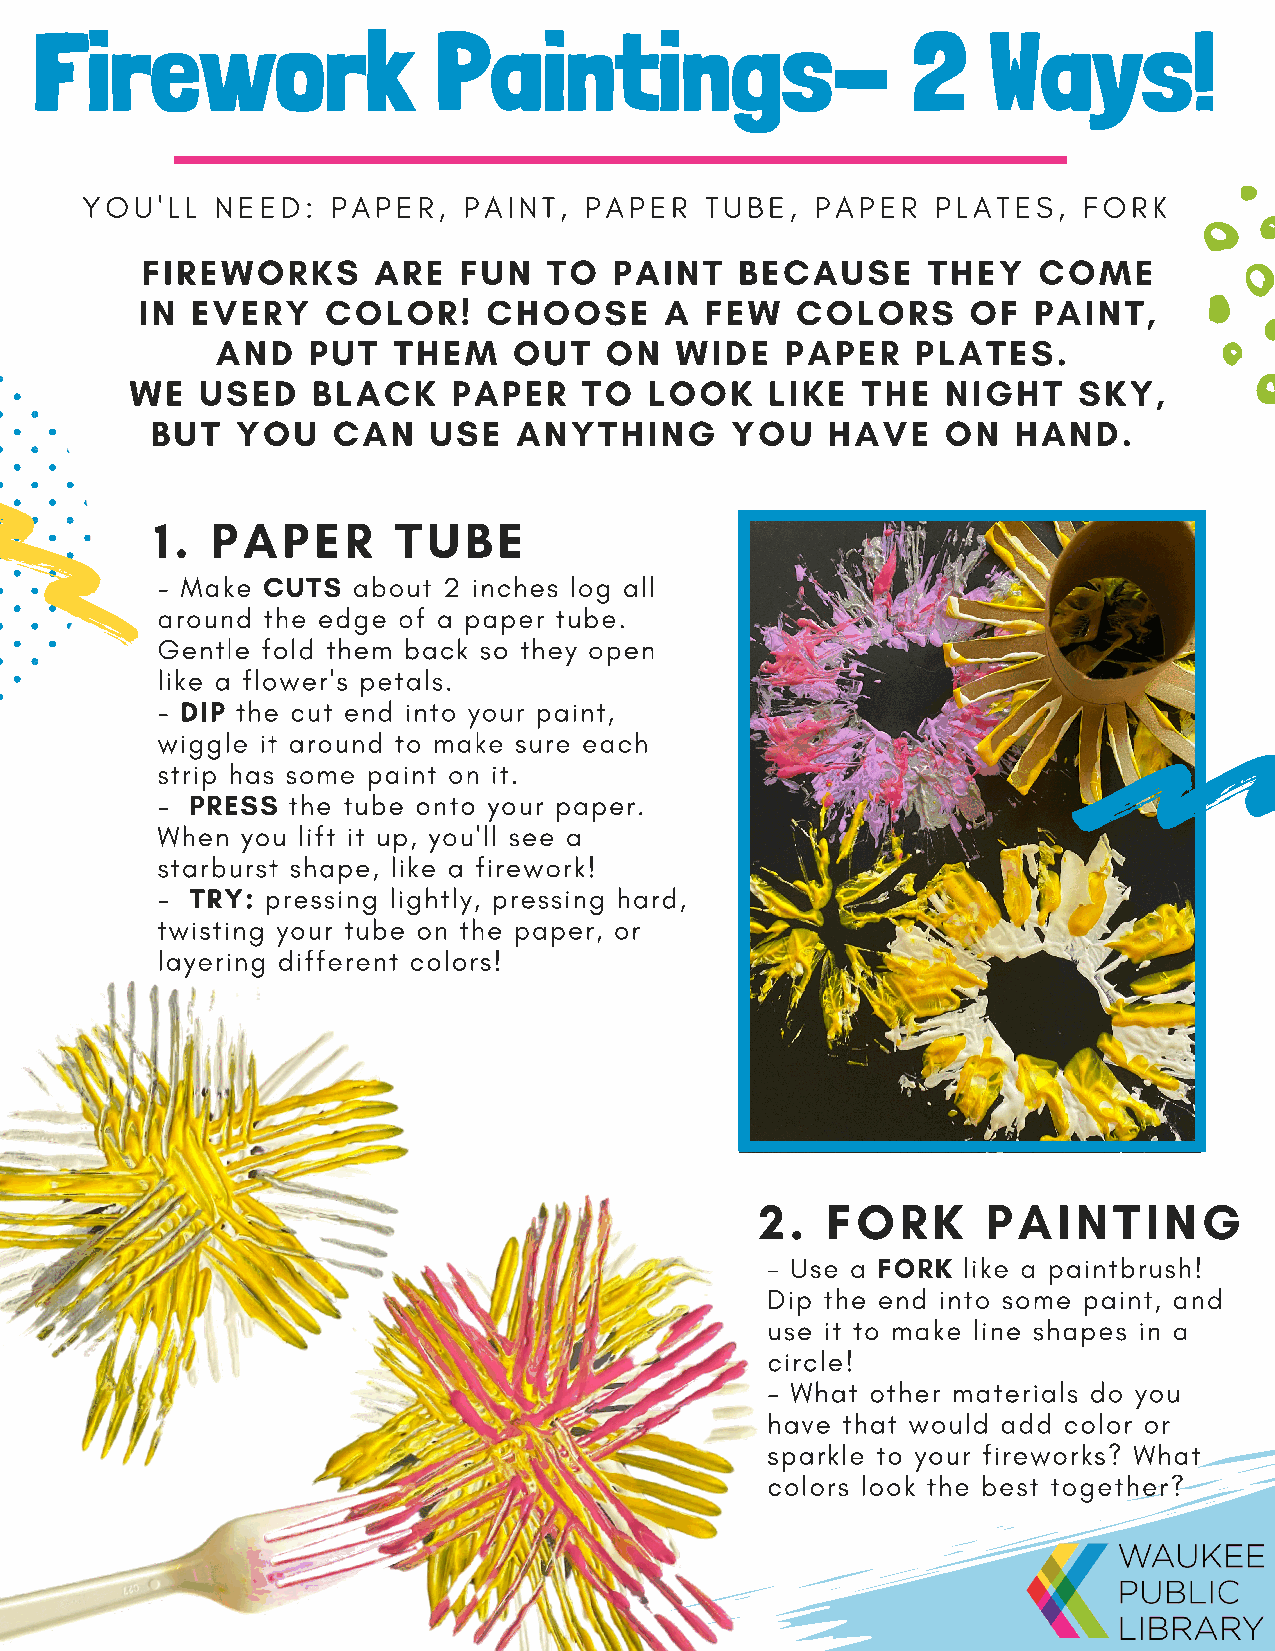
Firework                   Paintings-                     2    Ways!
 YOU'LL   NEED:   PAPER,   PAINT,  PAPER   TUBE,  PAPER   PLATES,   FORK
 FIREWORKS       ARE  FUN   TO   PAINT   BECAUSE     THEY    COME
 IN  EVERY    COLOR!    CHOOSE      A  FEW   COLORS     OF  PAINT,
 AND   PUT   THEM    OUT   ON   WIDE   PAPER    PLATES.
 WE  USED    BLACK    PAPER    TO  LOOK    LIKE  THE   NIGHT   SKY,
 BUT   YOU   CAN   USE   ANYTHING      YOU    HAVE    ON  HAND.
 1.  PAPER       TUBE
 - Make CUTS  about 2 inches log all
 around the edge of a paper tube.
 Gentle fold them back so they open
 like a flower's petals.
 - DIP the cut end into your paint,
 wiggle it around to make sure each
 strip has some paint on it.
 -  PRESS the tube onto your paper.
 When  you lift it up, you'll see a
 starburst shape, like a firework!
 -  TRY: pressing lightly, pressing hard,
 twisting your tube on the paper, or
 layering different colors!
 2.   FORK      PAINTING
 - Use a FORK like a paintbrush!
 Dip the end into some paint, and
 use it to make line shapes in a
 circle!
 - What other materials do you
 have that would add color or
 sparkle to your fireworks? What
 colors look the best together?